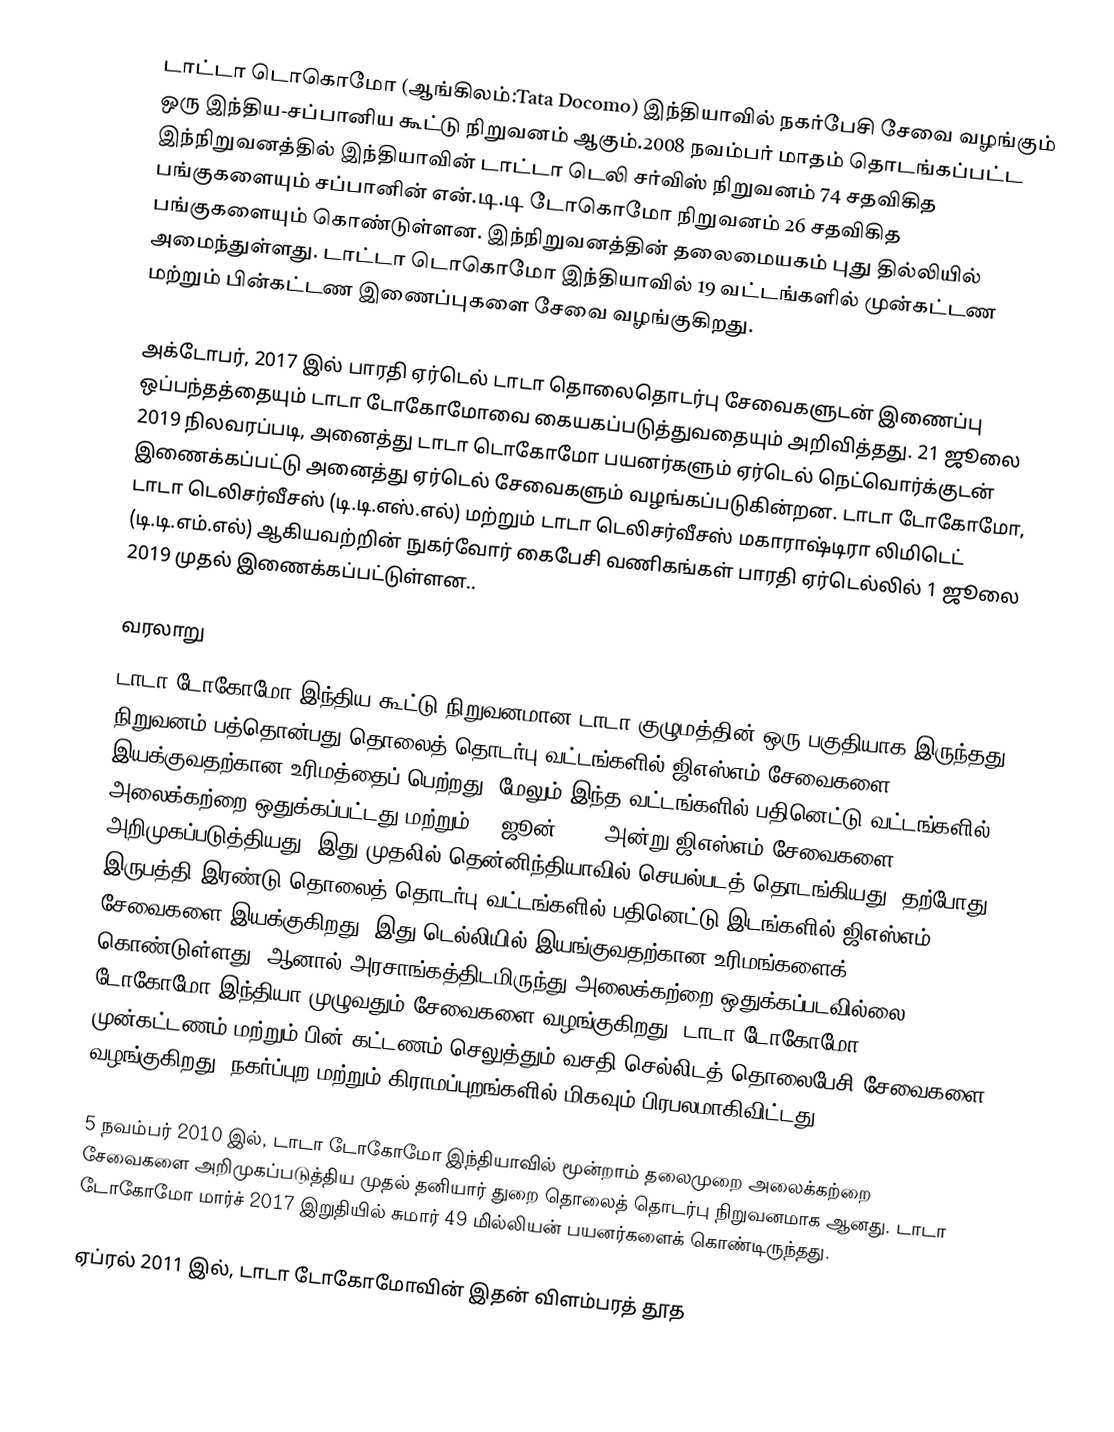
டாட்டா டொகொமோ (ஆங்கிலம்:Tata Docomo) இந்தியாவில் நகர்பேசி சேவை வழங்கும் ஒரு இந்திய-சப்பானிய கூட்டு நிறுவனம் ஆகும்.2008 நவம்பர் மாதம் தொடங்கப்பட்ட இந்நிறுவனத்தில் இந்தியாவின் டாட்டா டெலி சர்விஸ் நிறுவனம் 74 சதவிகித பங்குகளையும் சப்பானின் என்.டி.டி டோகொமோ நிறுவனம் 26 சதவிகித பங்குகளையும் கொண்டுள்ளன. இந்நிறுவனத்தின் தலைமையகம் புது தில்லியில் அமைந்துள்ளது. டாட்டா டொகொமோ இந்தியாவில் 19 வட்டங்களில் முன்கட்டண மற்றும் பின்கட்டண இணைப்புகளை சேவை வழங்குகிறது.

அக்டோபர், 2017 இல் பாரதி ஏர்டெல் டாடா தொலைதொடர்பு சேவைகளுடன் இணைப்பு ஒப்பந்தத்தையும் டாடா டோகோமோவை கையகப்படுத்துவதையும் அறிவித்தது. 21 ஜூலை 2019 நிலவரப்படி, அனைத்து டாடா டொகோமோ பயனர்களும் ஏர்டெல் நெட்வொர்க்குடன் இணைக்கப்பட்டு அனைத்து ஏர்டெல் சேவைகளும் வழங்கப்படுகின்றன. டாடா டோகோமோ, டாடா டெலிசர்வீசஸ் (டி.டி.எஸ்.எல்) மற்றும் டாடா டெலிசர்வீசஸ் மகாராஷ்டிரா லிமிடெட் (டி.டி.எம்.எல்) ஆகியவற்றின் நுகர்வோர்  கைபேசி வணிகங்கள் பாரதி ஏர்டெல்லில் 1 ஜூலை 2019 முதல் இணைக்கப்பட்டுள்ளன..

வரலாறு
டாடா டோகோமோ இந்திய கூட்டு நிறுவனமான டாடா குழுமத்தின் ஒரு பகுதியாக இருந்தது. நிறுவனம் பத்தொன்பது தொலைத் தொடர்பு வட்டங்களில் ஜிஎஸ்எம் சேவைகளை இயக்குவதற்கான உரிமத்தைப் பெற்றது, மேலும் இந்த வட்டங்களில் பதினெட்டு வட்டங்களில் அலைக்கற்றை ஒதுக்கப்பட்டது மற்றும் 24 ஜூன் 2009 அன்று ஜிஎஸ்எம் சேவைகளை அறிமுகப்படுத்தியது. இது முதலில் தென்னிந்தியாவில் செயல்படத் தொடங்கியது, தற்போது இருபத்தி இரண்டு தொலைத் தொடர்பு வட்டங்களில் பதினெட்டு இடங்களில் ஜிஎஸ்எம் சேவைகளை இயக்குகிறது. இது டெல்லியில் இயங்குவதற்கான உரிமங்களைக் கொண்டுள்ளது, ஆனால் அரசாங்கத்திடமிருந்து அலைக்கற்றை ஒதுக்கப்படவில்லை.  டோகோமோ இந்தியா முழுவதும் சேவைகளை வழங்குகிறது. டாடா டோகோமோ முன்கட்டணம் மற்றும் பின் கட்டணம் செலுத்தும் வசதி செல்லிடத் தொலைபேசி சேவைகளை வழங்குகிறது. நகர்ப்புற மற்றும் கிராமப்புறங்களில் மிகவும் பிரபலமாகிவிட்டது.

5 நவம்பர் 2010 இல், டாடா டோகோமோ இந்தியாவில் மூன்றாம் தலைமுறை அலைக்கற்றை சேவைகளை அறிமுகப்படுத்திய முதல் தனியார் துறை தொலைத் தொடர்பு நிறுவனமாக ஆனது. டாடா டோகோமோ மார்ச் 2017 இறுதியில் சுமார் 49 மில்லியன் பயனர்களைக் கொண்டிருந்தது.

ஏப்ரல் 2011 இல், டாடா டோகோமோவின் இதன் விளம்பரத் தூத